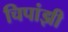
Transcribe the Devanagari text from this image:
चिपांझी